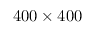
4 0 0 \times 4 0 0